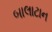
બાલાટાન